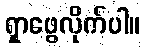
ရှာဖွေလိုက်ပါ။